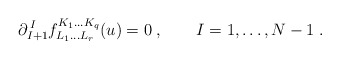
\begin{align*}\partial^{\,I}_{I+1} f^{K_1\ldots K_q}_{L_1\ldots L_r}(u) = 0\;, \qquad I=1,\ldots, N-1\;.\end{align*}